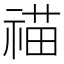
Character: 𮵝